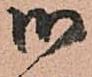
御